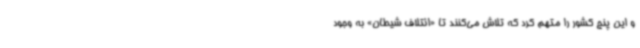
و این پنج کشور را متهم کرد که تلاش می‌کنند تا «ائتلاف شیطان» به وجود